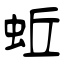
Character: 蚯